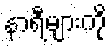
နာရီများကို